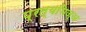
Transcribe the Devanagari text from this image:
प्रत्यभिज्ञ